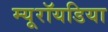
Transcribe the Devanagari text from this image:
म्यूरॉयडिया